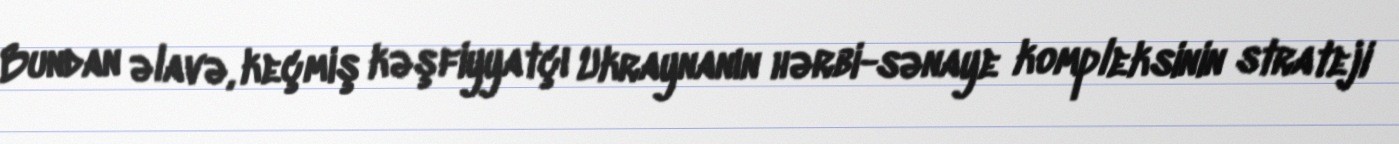
Bundan əlavə, keçmiş kəşfiyyatçı Ukraynanın hərbi-sənaye kompleksinin strateji